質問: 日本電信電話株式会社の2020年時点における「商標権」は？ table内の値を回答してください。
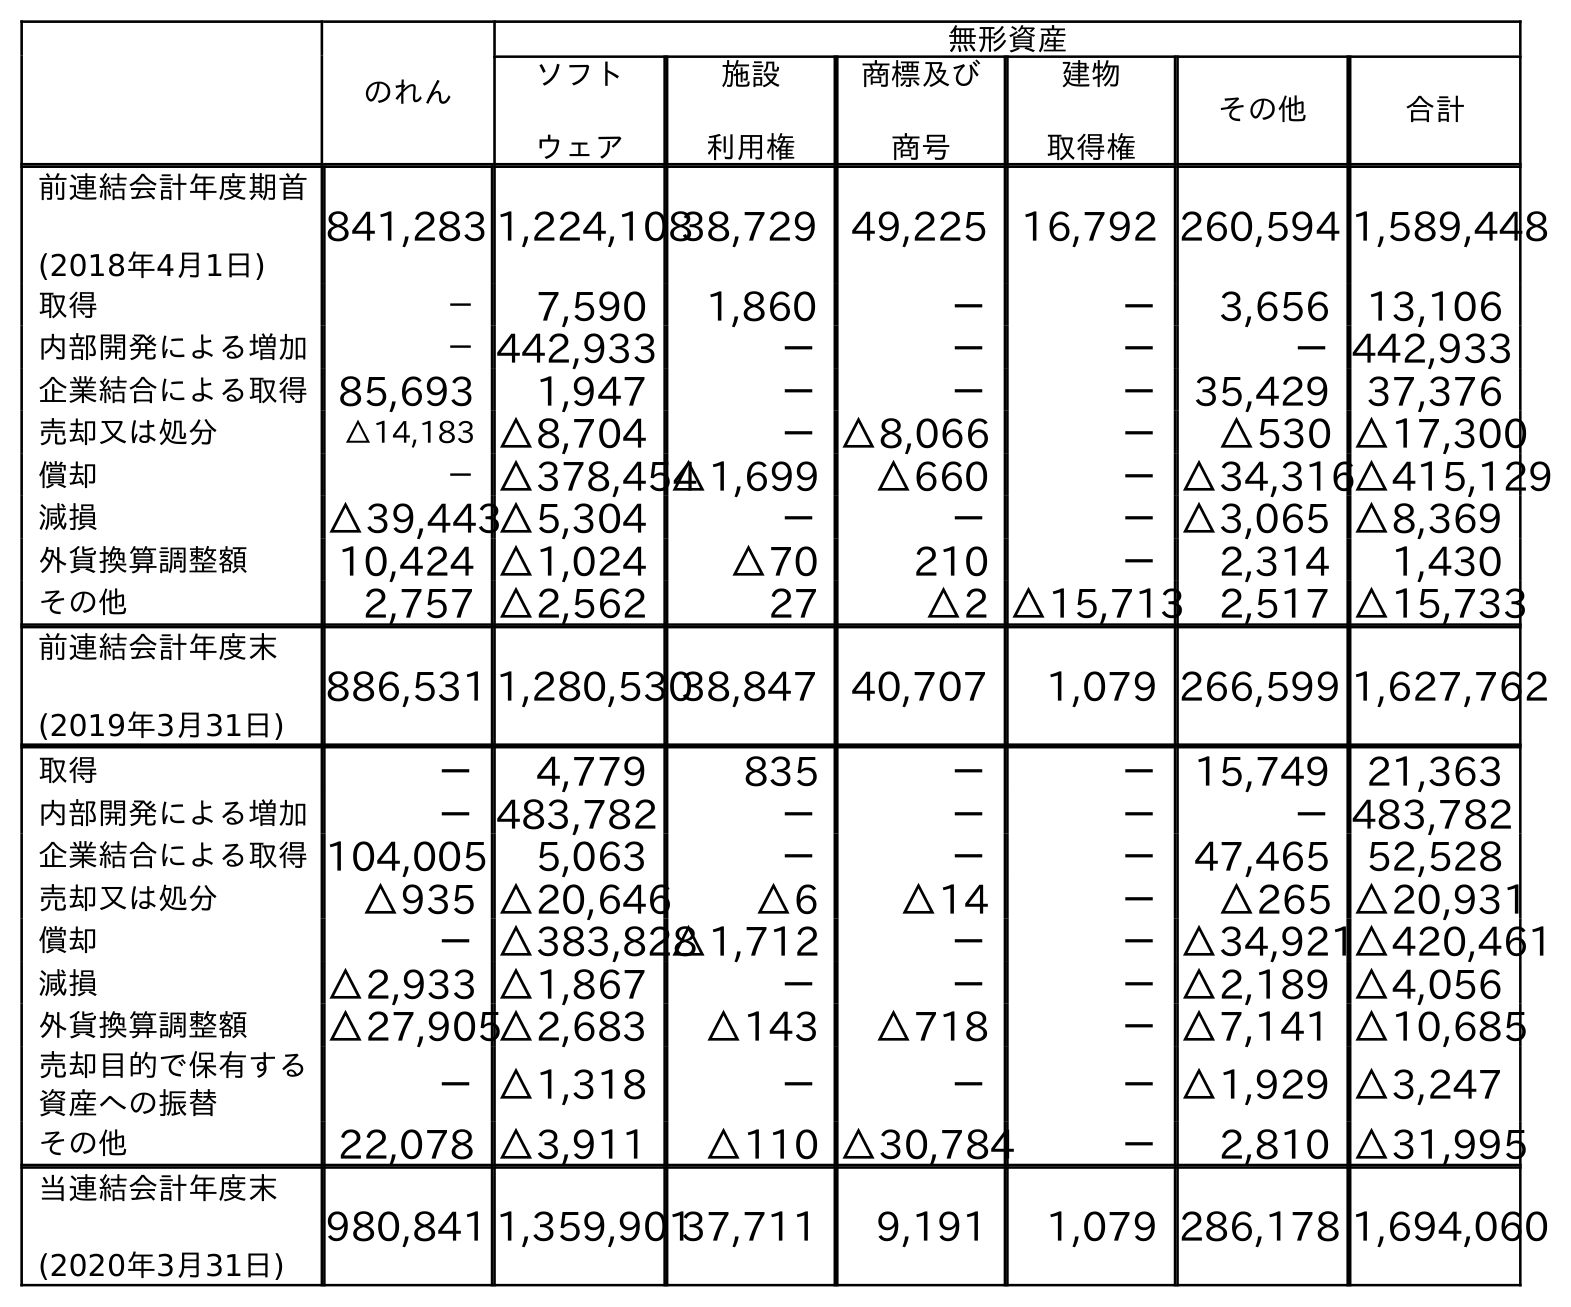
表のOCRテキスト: のれん 無形資産 ソフト ウェア 施設 利用権 商標及び 商号 建物 取得権 その他 合計 前連結会計年度期首 (2018年4月1日) 841,283 1,224,10838,729 49,225 16,792 260,594 1,589,448 取得 － 7,590 1,860 － － 3,656 13,106 内部開発による増加 －442,933 － － － －442,933 企業結合による取得85,693 1,947 － － － 35,429 37,376 売却又は処分 △14,183 △8,704 －△8,066 － △530 △17,300 償却 －△378,454△1,699 △660 －△34,316△415,129 減損 △39,443△5,304 － － －△3,065 △8,369 外貨換算調整額 10,424 △1,024 △70 210 － 2,314 1,430 その他 2,757 △2,562 27 △2 △15,713 2,517 △15,733 前連結会計年度末 (2019年3月31日) 886,531 1,280,53038,847 40,707 1,079 266,599 1,627,762 取得 － 4,779 835 － － 15,749 21,363 内部開発による増加 －483,782 － － － －483,782 企業結合による取得104,005 5,063 － － － 47,465 52,528 売却又は処分 △935 △20,646 △6 △14 － △265 △20,931 償却 －△383,828△1,712 － －△34,921△420,461 減損 △2,933 △1,867 － － －△2,189 △4,056 外貨換算調整額 △27,905△2,683 △143 △718 －△7,141 △10,685 売却目的で保有する 資産への振替 －△1,318 － － －△1,929 △3,247 その他 22,078 △3,911 △110 △30,784 － 2,810 △31,995 当連結会計年度末 (2020年3月31日) 980,841 1,359,90137,711 9,191 1,079 286,178 1,694,060
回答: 9,191